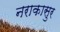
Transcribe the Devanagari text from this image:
नराकासुर